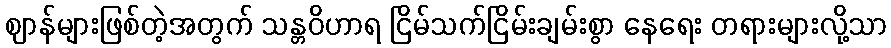
ဈာန်များဖြစ်တဲ့အတွက် သန္တဝိဟာရ ငြိမ်သက်ငြိမ်းချမ်းစွာ နေရေး တရားများလို့သာ